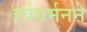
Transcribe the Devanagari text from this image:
हर्षवर्मनने